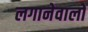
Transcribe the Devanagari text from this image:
लगानेवालों